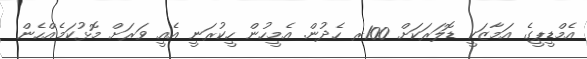
އެމްޑީޕީގެ އަމާޒަކީ ޑޮލަރަކަށް 100ރ ހެދުން. އެމީހުން ހީކުރަނީ އެއީ ވަރަށް މޮޅުކަމެއްހެން